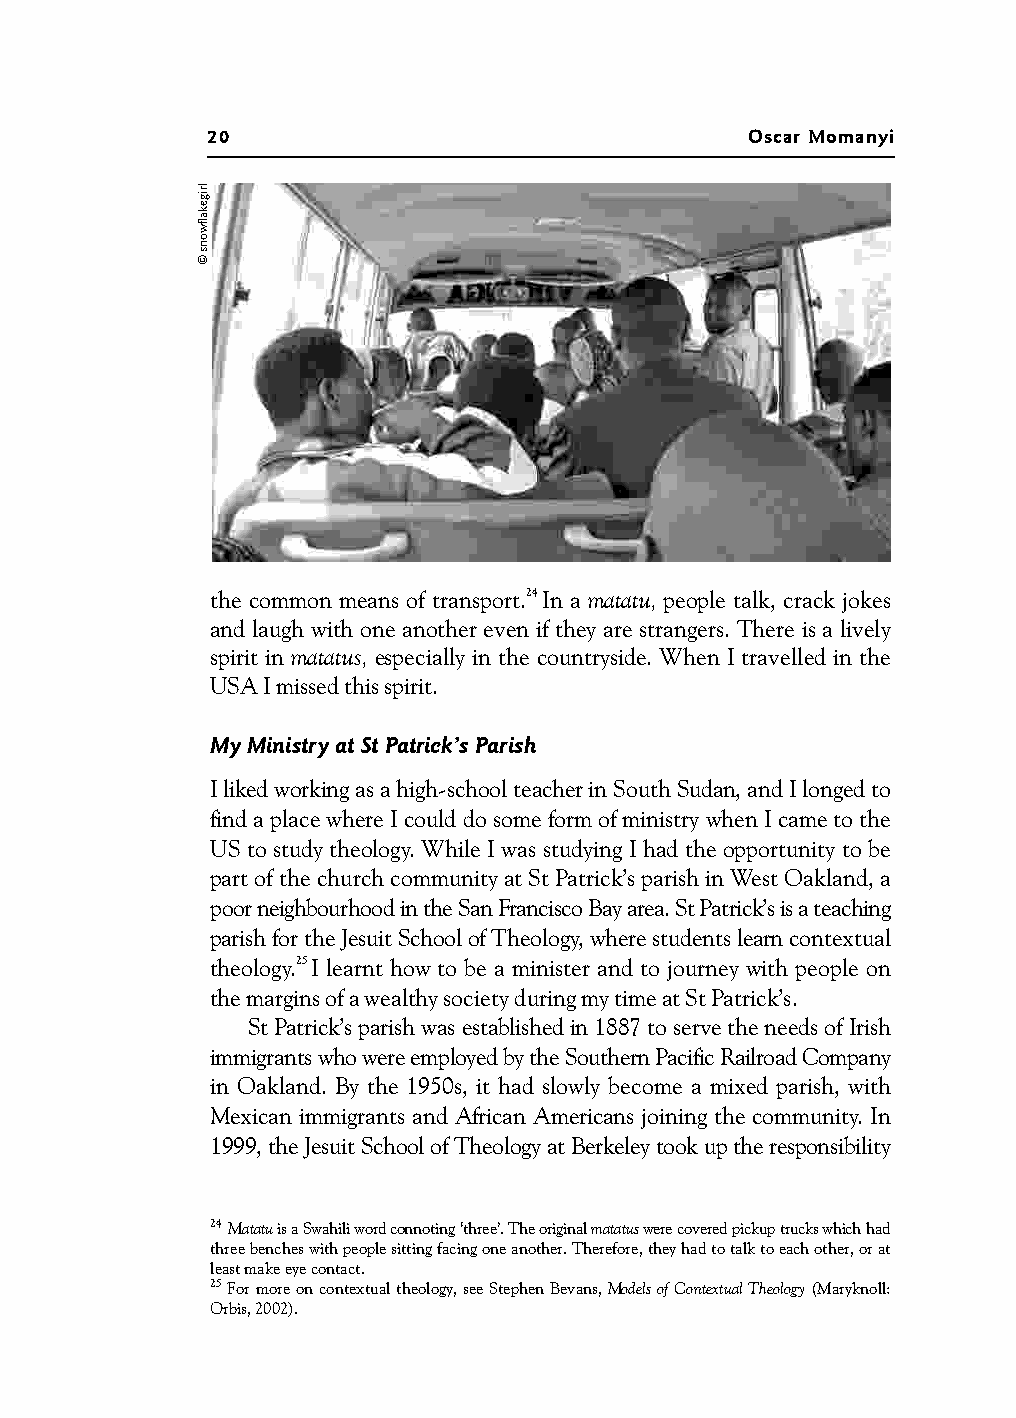
20                                  Oscar Momanyi
 the common means of transport.24 In a matatu, people talk, crack jokes
 and laugh with one another even if they are strangers. There is a lively
 spirit in matatus, especially in the countryside. When I travelled in the
 USA I missed this spirit.
 My Ministry at St Patrick’s Parish
 I liked working as a high-school teacher in South Sudan, and I longed to
 find a place where I could do some form of ministry when I came to the
 US to study theology. While I was studying I had the opportunity to be
 part of the church community at St Patrick’s parish in West Oakland, a
 poor neighbourhood in the San Francisco Bay area. St Patrick’s is a teaching
 parish for the Jesuit School of Theology, where students learn contextual
 theology.25 I learnt how to be a minister and to journey with people on
 the margins of a wealthy society during my time at St Patrick’s.
 St Patrick’s parish was established in 1887 to serve the needs of Irish
 immigrants who were employed by the Southern Pacific Railroad Company
 in Oakland. By the 1950s, it had slowly become a mixed parish, with
 Mexican immigrants and African Americans joining the community. In
 1999, the Jesuit School of Theology at Berkeley took up the responsibility
 24 Matatu is a Swahili word connoting ‘three’. The original matatus were covered pickup trucks which had
 three benches with people sitting facing one another. Therefore, they had to talk to each other, or at
 least make eye contact.
 25 For more on contextual theology, see Stephen Bevans, Models of Contextual Theology (Maryknoll:
 Orbis, 2002).
 lrigekalfwons
 ©